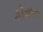
કોસવા